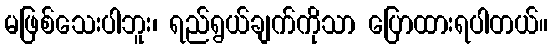
မဖြစ်သေးပါဘူး၊ ရည်ရွယ်ချက်ကိုသာ ပြောထားရပါတယ်။